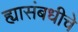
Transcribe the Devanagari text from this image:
ह्यासंबधीचे